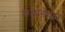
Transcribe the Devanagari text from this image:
संभोगेच्छा